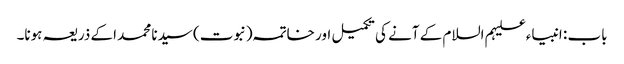
باب : انبیاء علیہم السلام کے آنے کی تکمیل اور خاتمہ (نبوت) سیدنا محمد اکے ذریعہ ہونا۔